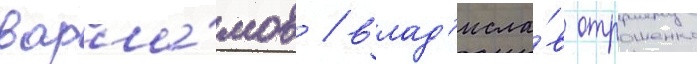
варла́мов / влад'исла́в отрошенко